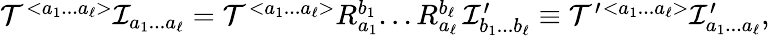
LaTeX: \begin{array}{r}{{\cal T}^{<a_{1}...a_{\ell}>}{\cal I}_{a_{1}...a_{\ell}}={\cal T}^{<a_{1}...a_{\ell}>}R_{a_{1}}^{b_{1}}...R_{a_{\ell}}^{b_{\ell}}\, {\cal I}_{b_{1}...b_{\ell}}^{\prime}\equiv{\cal T}^{\prime}{}^{<a_{1}...a_{\ell}>}{\cal I}_{a_{1}...a_{\ell}}^{\prime},}\end{array}